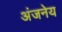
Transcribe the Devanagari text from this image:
अंजनेय